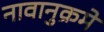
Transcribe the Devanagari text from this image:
नावानुक्रमे